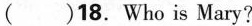
( )18.Who is Mary?